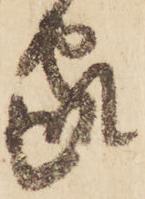
家